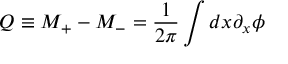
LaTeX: Q \equiv M _ { + } - M _ { - } = \frac { 1 } { 2 \pi } \int d x \partial _ { x } \phi